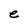
Character: e